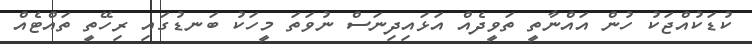
ކުޑަކުއްޖަކު ހުން އައްނާތީ ތަވީދެއް އަޅައިދިނަސް ނުވަތަ މީހަކު ބަނޑުގައި ރިހޭތީ ތައްޓެއް